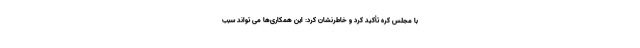
با مجلس کره تأکید کرد و خاطرنشان کرد: این همکاری­ها می­ تواند سبب